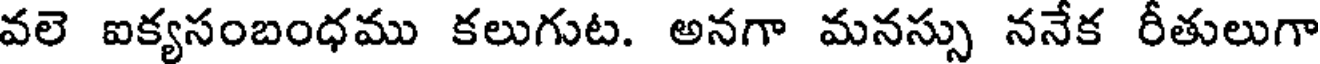
వలె ఐక్యసంబంధము కలుగుట. అనగా మనస్సు ననేక రీతులుగా